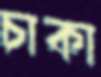
চাকা